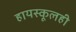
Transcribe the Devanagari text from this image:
हायस्कूलही